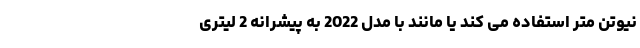
نیوتن متر استفاده می کند یا مانند با مدل 2022 به پیشرانه 2 لیتری